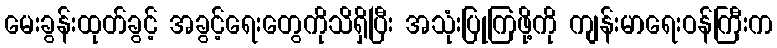
မေးခွန်းထုတ်ခွင့် အခွင့်ရေးတွေကိုသိရှိပြီး အသုံးပြုကြဖို့ကို ကျန်းမာရေးဝန်ကြီးက